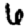
Digit: 6